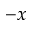
- x